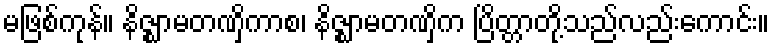
မဖြစ်ကုန်။ နိဇ္ဈာမတဏှိကာစ၊ နိဇ္ဈာမတဏှိက ပြိတ္တာတို့သည်လည်းကောင်း။